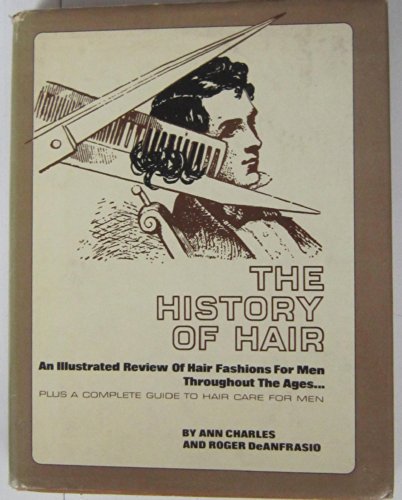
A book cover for The History of Hair; Ann and DeAnfrasio Charles; Health, Fitness & Dieting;